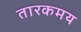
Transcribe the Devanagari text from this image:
तारकमय